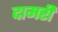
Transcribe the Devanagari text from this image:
दामरी